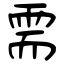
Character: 需